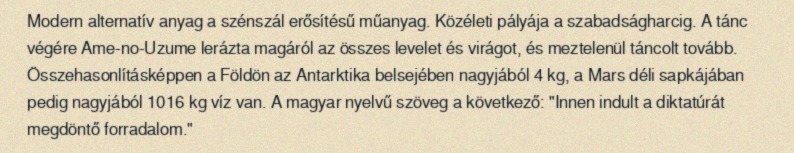
Modern alternatív anyag a szénszál erősítésű műanyag. Közéleti pályája a szabadságharcig. A tánc végére Ame-no-Uzume lerázta magáról az összes levelet és virágot, és meztelenül táncolt tovább. Összehasonlításképpen a Földön az Antarktika belsejében nagyjából 4 kg, a Mars déli sapkájában pedig nagyjából 1016 kg víz van. A magyar nyelvű szöveg a következő: "Innen indult a diktatúrát megdöntő forradalom."